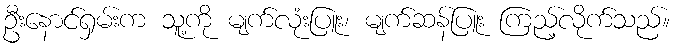
ဦးနောင်ရှမ်းက သူ့ကို မျက်လုံးပြူး၊ မျက်ဆန်ပြူး ကြည့်လိုက်သည်။